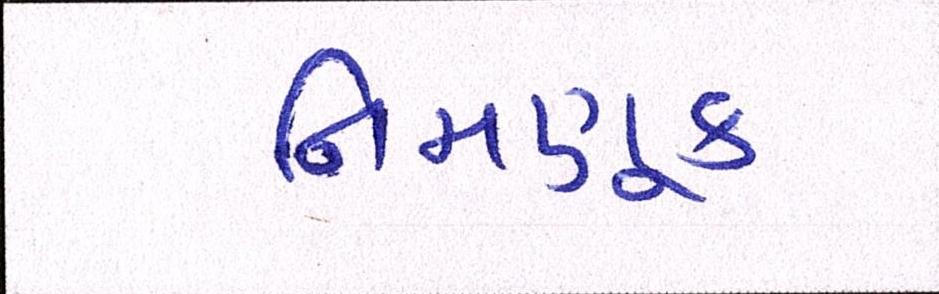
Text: નિમણૂક